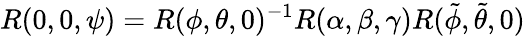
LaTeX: R(0,0,\psi)=R(\phi,\theta,0)^{-1}R(\alpha,\beta,\gamma)R(\tilde{\phi},\tilde{\theta},0)